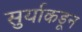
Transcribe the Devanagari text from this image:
सुर्याकडून